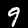
Label: 9